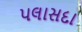
પલાસદા